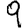
Digit: 9